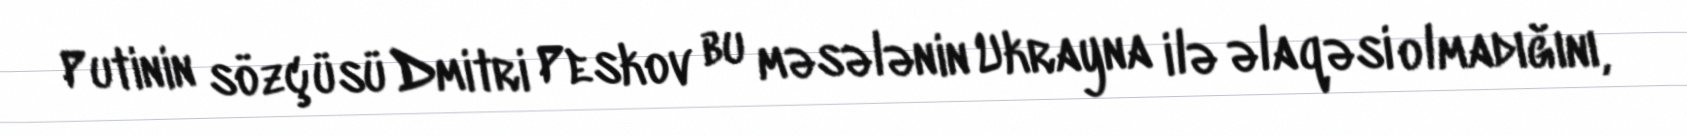
Putinin sözçüsü Dmitri Peskov bu məsələnin Ukrayna ilə əlaqəsi olmadığını,